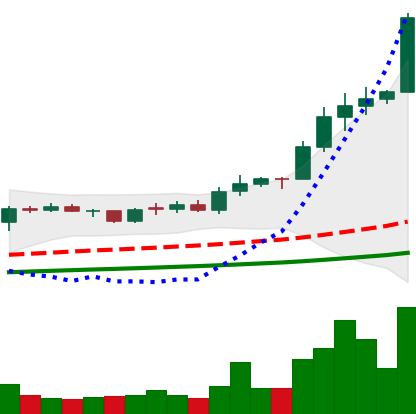
Ticker: ADA-USD
Chart end date: 2021-02-10
Forward return: -7.45%
Label: down_7plus